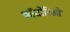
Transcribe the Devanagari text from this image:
कॉटोरिओ